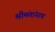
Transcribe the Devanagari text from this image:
श्रीमंतांनाच